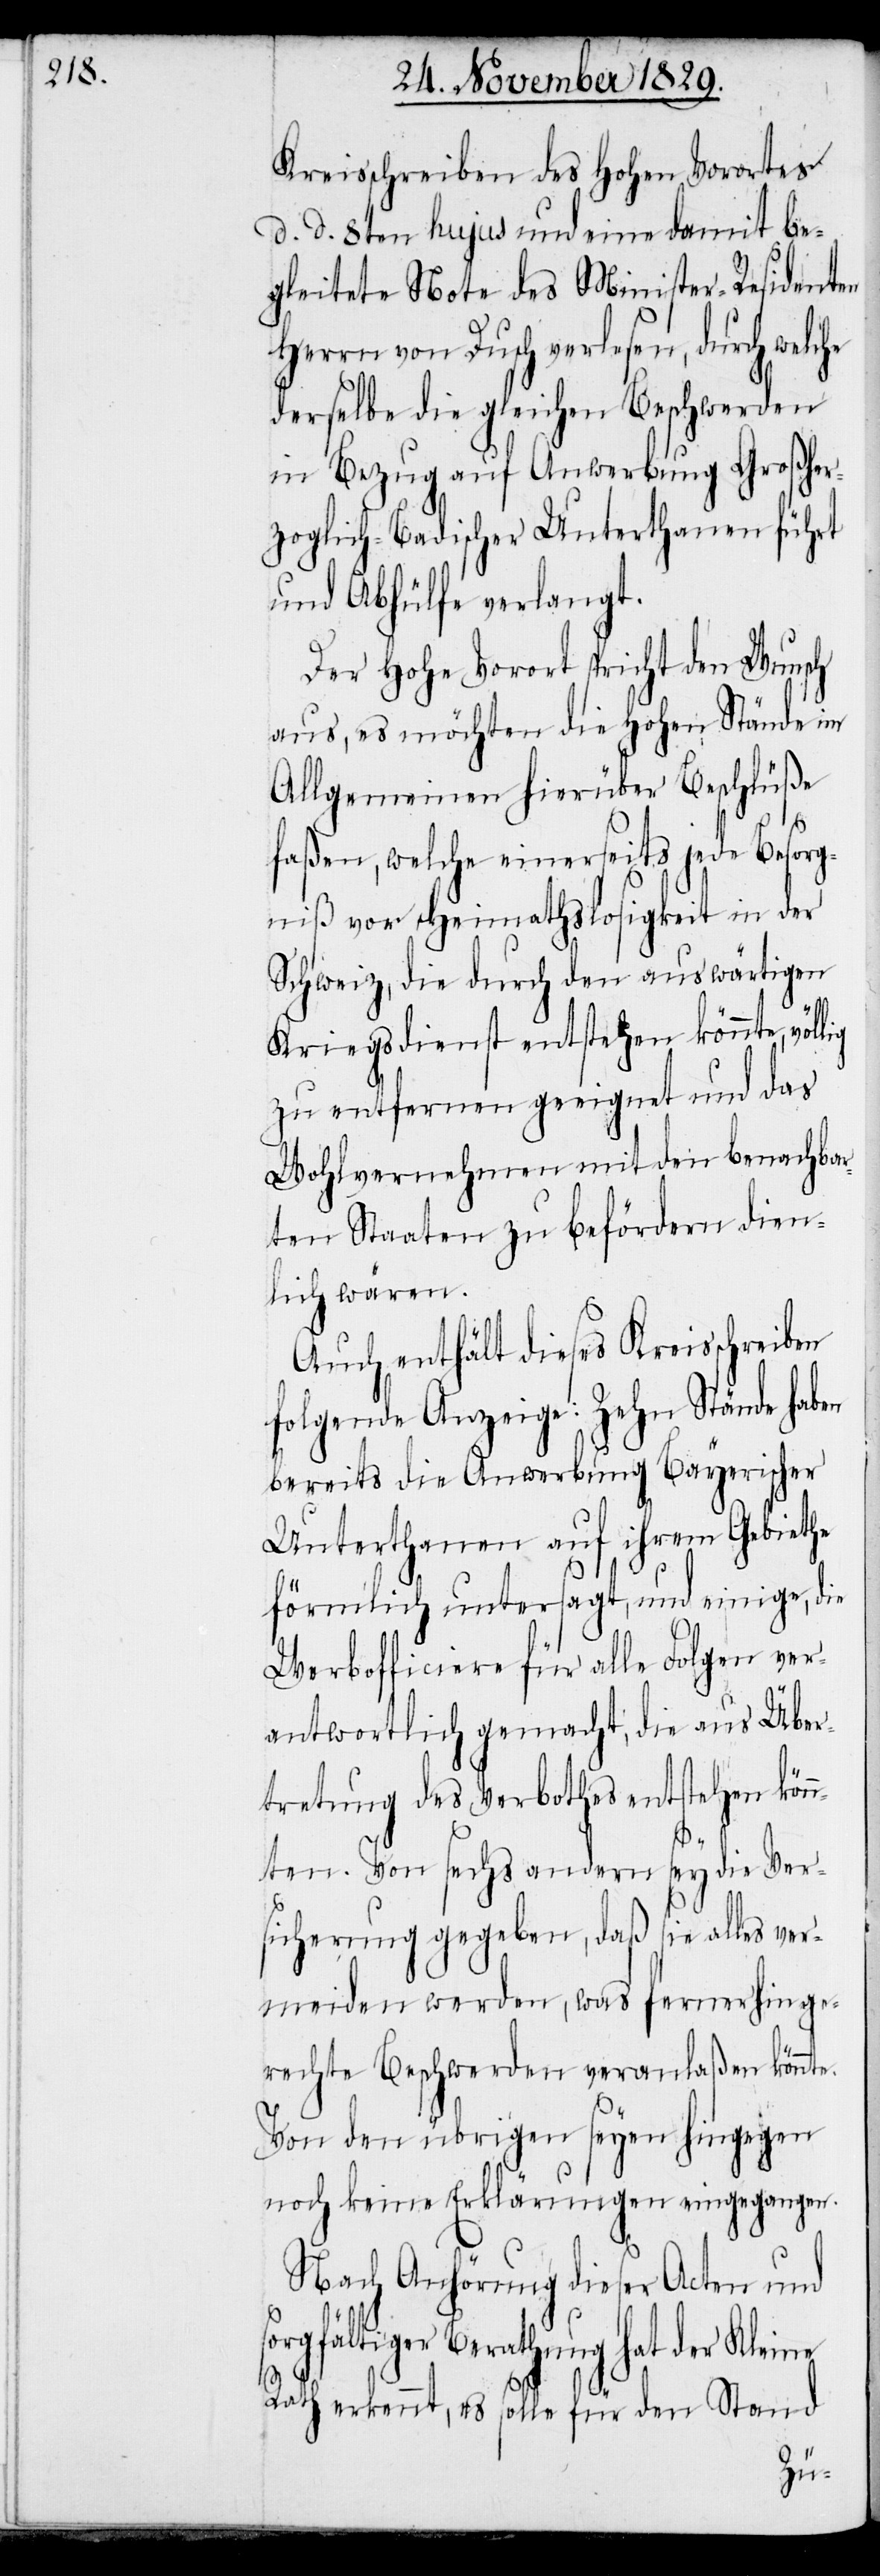
Kreisschreiben des Hohen Vorortes
d. d. 8ten hujus und eine damit be¬
gleitete Note des Minister-Residenten
Herrn von Dusch verlesen, durch welche
derselbe die gleichen Beschwerden
in Bezug auf Anwerbung Großher¬
zoglich-Badischer Unterthanen führt
und Abhülfe verlangt.
Der Hohe Vorort spricht den Wunsch
aus, es möchten die Hohen Stände im
Allgemeinen hierüber Beschlüße
faßen, welche einerseits jede Besorg¬
niß vor Heimathslosigkeit in der
Schweiz, die durch den auswärtigen
Kriegsdienst entstehen könnte,
zu entfernen geeignet und das
Wohlvernehmen mit den benachbar¬
ten Staaten zu befördern dien¬
lich wären.
Auch enthält dieses Kreisschreiben
folgende Anzeige: Zehn Stände haben
bereits die Anwerbung Bayerischer
Unterthanen auf ihrem Gebiethe
förmlich untersagt, und einige, die
Werbofficiere für alle Folgen ver¬
antwortlich gemacht, die aus Über¬
tretung des Verboths entstehen kön¬
ne
nten. Von sechs andern sey die Ver¬
sicherung gegeben, was fernerhin ger¬
echte Beschwerden veranlaßen könnte.
Von den übrigen seyen hingegen
noch keine Erklärungen eingegangen.
Nach Anhörung dieser Acten und
orgfältiger Berathung hat der Klei¬
Rath erkennt, es solle für den Stand